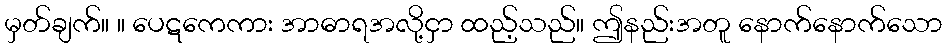
မှတ်ချက်။ ။ ပေဋကေကား အာဓာရအလို့ငှာ ထည့်သည်။ ဤနည်းအတူ နောက်နောက်သော